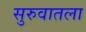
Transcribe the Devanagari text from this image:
सुरुवातला